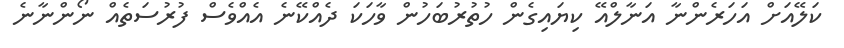
ކަލޭއަށް އަހަރެންނާ އަނާލްއޭ ކިޔައިގެން ހުތުރުބަހުން ވާހަކަ ދެއްކޭނެ އެއްވެސް ފުރުސަތެއް ނޯންނާނެ